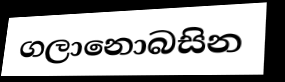
ගලානොබසින